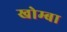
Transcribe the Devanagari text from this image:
खोम्बा